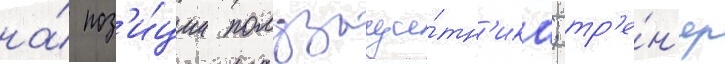
на́ поз'и́ции полузащи́тн'ика; тр'е́н'ер